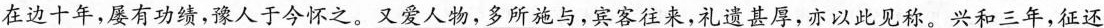
在边十年，屡有功绩，豫人于今怀之。又爱人物，多所施与，宾客往来，礼遗甚厚，亦以此见称。兴和三年，征还